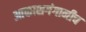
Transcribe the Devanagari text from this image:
आकाशगंगानीच